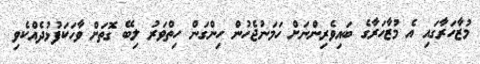
މުޒާހަރާގައި އެ މުޒާހަރާގެ ބައިވެރިންނަށް ހަމަނުޖެހުން ހިންގަން ހިތްވަރު ލިބޭ ގޮތަށް ވާހަކަފުޅުދެއްކެވި